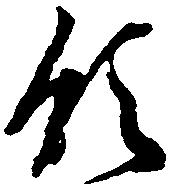
領